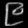
Digit: ၉